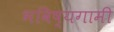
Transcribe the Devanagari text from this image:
भविष्यगामी